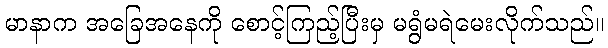
မာနာက အခြေအနေကို စောင့်ကြည့်ပြီးမှ မရွံမရဲမေးလိုက်သည်။